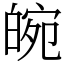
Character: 𤾂